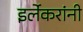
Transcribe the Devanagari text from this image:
इर्लेकरांनी